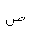
Letter: _sad